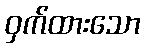
ဝှက်ထားသော